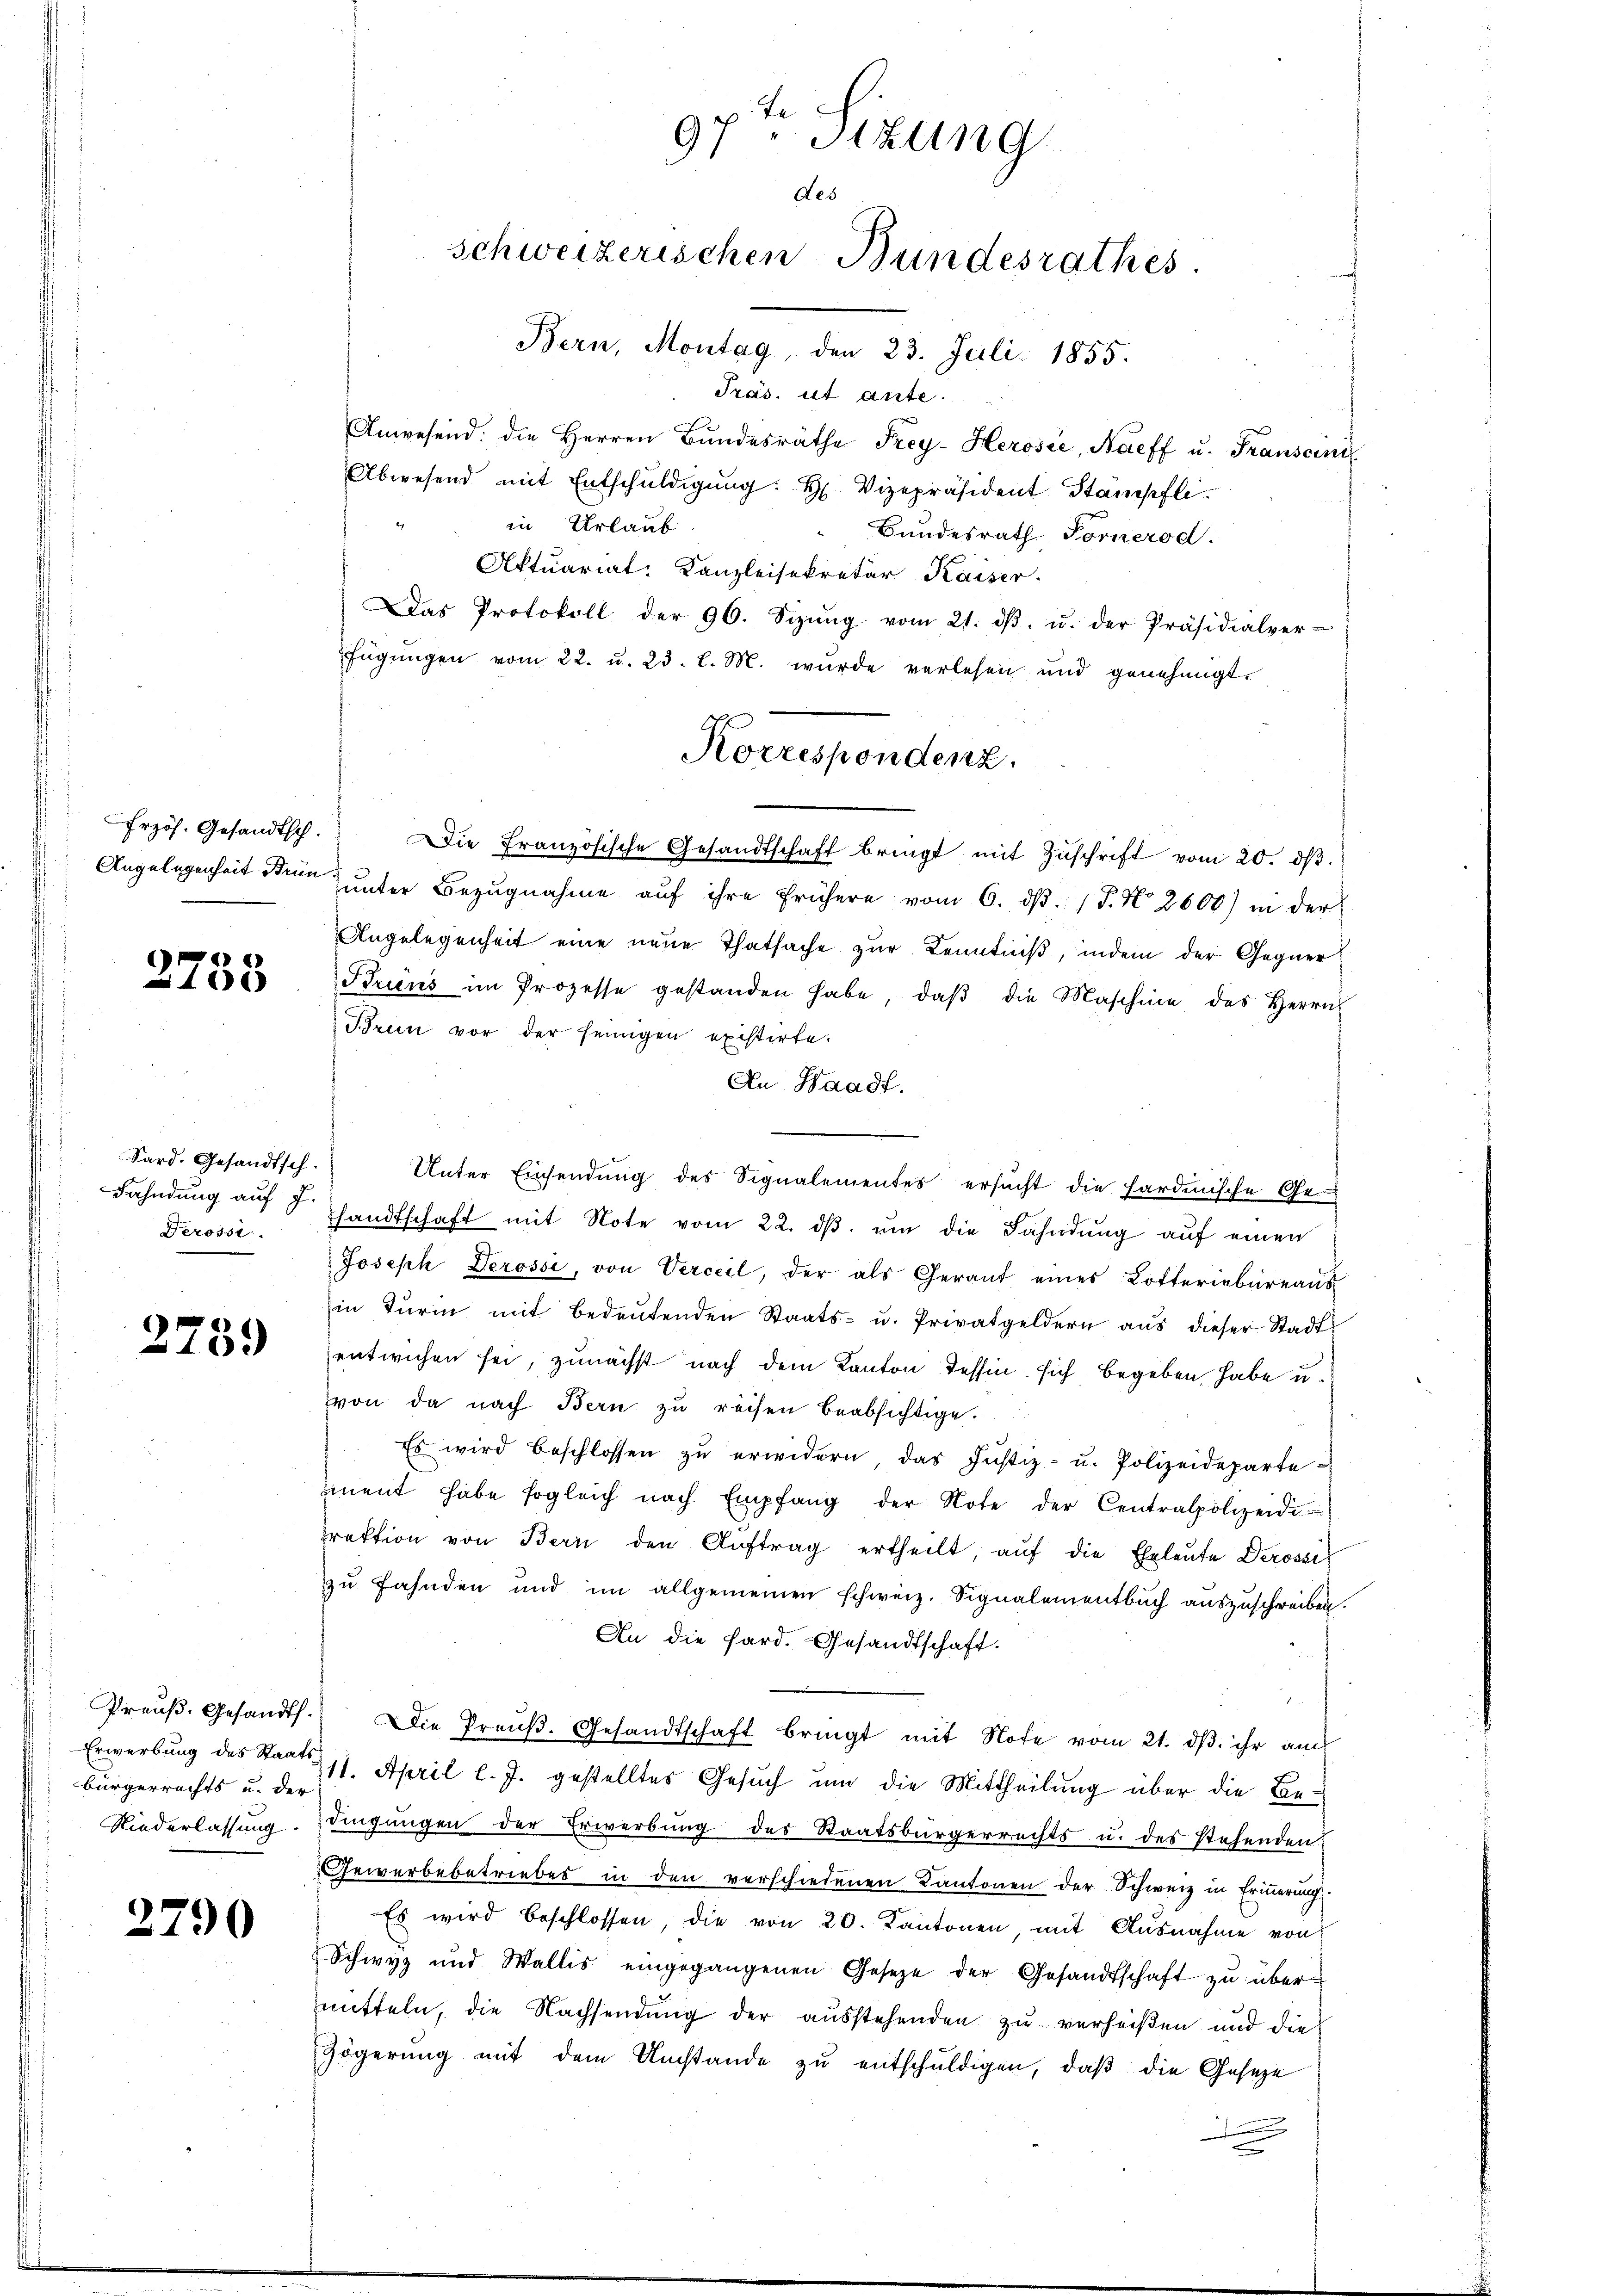
2758

Sard. Gesandtsch.
Fahndung auf J.

2759

Preuß. Gesandt.
bürgerrechts u. der

2790

97ten Sizung
des
schweizerischen Bundesrathes
Bern, Montag, den 23. Juli 1855.

Präs. ut ante.
Anwesend: die Herren Bundesräthe Frey-Herosić, Naeff u. Franscini
Abwesend mit Entschuldigung: H. Vizepräsident Stampfli
in Urlaub
Bundesrath Fornerod
Aktuariat-Kanzleisekretär Kaiser.
Das Protokoll der 96. Sizŭng vom 21. dβ. u. der Präsidialver-
fügŭngen vom 22. u. 23. l. M. wurde verlesen und genehmigt.
frzös. Gesandtsch. Die Französische Gesandtschaft bringt mit Zŭschrift vom 20. dβ.
Angelegenheit den unter Bezugnahme aŭf ihre frühere vom 6. dβ. P. No 2600) in der
Angelegenheit eine neue Thatsache zur Kenntniß, indem der Gegner¬
Bruns im Prozesse gestanden habe, daβ die Maschine des Herrn
Brun vor der seinigen existirte.
An Waadt.
Unter Einsendung des Signalementes ersucht die Hardmische Ge-
Derossi. Handtschaft mit Note vom 22. dβ. ŭm die Fahndŭng aŭf einen
Joseph Derossi, von Verceil, der als Gerant eines Lotteriebüreaŭs
in Turm mit bedeŭtenden Staats- u. Privatgeldern aus dieser Stadt
entwichen sei, zunächst nach dem Kanton Tessin sich begeben habe u.
von da nach Bern zu reisen beabsichtige.
Es wird beschlossen zŭ erwidern, das Justiz- u. Polizeideparte
iment habe sogleich nach Empfang der Note der Centralpolizeidi
rektion von Bern den Aŭftrag ertheilt, aŭf die Eheleute Derossel
zu fahnden und im allgemeinen schweiz. Signalementbuch auszuschreiben.
An die Sard. Gesandtschaft.
Die Preŭβ. Gesandtschaft bringt mit Note vom 21. dβ ihr auch
Erwerbŭng des Staats 11. April l. J. gestelltes Gesŭch ŭm die Mittheilŭng über die Be-
Niederlassung dingungen der Erwerbung des Staatsbürgerrechts u. des stehenden
Gewerbebetriebes in den verschiedenen Kantonen der Schweiz in Erinnerung.
Es wird beschlossen, die von 20. Kantonen mit Ausnahme von
Schwyz und Wallis eingegangenen Gesetze der Gesandtschaft zu übermitteln, die Nachsendung der ausstehenden zu verheißen und die
Zögerung mit dem Umstände zu entschuldigen, daß die Geseze
u
.

Korrespondenz.